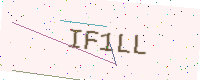
Text: IF1LL